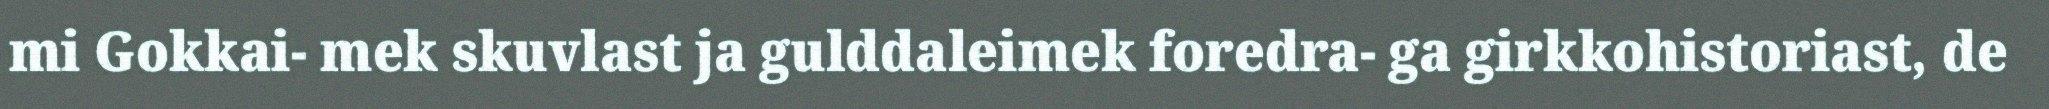
mi Gokkai- mek skuvlast ja gulddaleimek foredra- ga girkkohistoriast, de